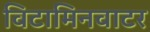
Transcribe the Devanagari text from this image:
विटामिनवाटर